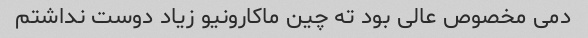
دمی مخصوص عالی بود ته چین ماکارونیو زیاد دوست نداشتم